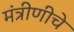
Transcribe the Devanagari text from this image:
मंत्रीणीचे